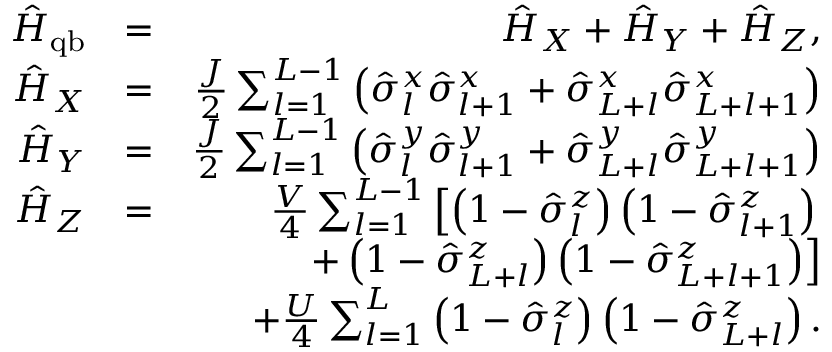
\begin{array} { r l r } { \hat { H } _ { \mathrm { q b } } } & { = } & { \hat { H } _ { X } + \hat { H } _ { Y } + \hat { H } _ { Z } , } \\ { \hat { H } _ { X } } & { = } & { \frac { J } { 2 } \sum _ { l = 1 } ^ { L - 1 } \left( \hat { \sigma } _ { l } ^ { x } \hat { \sigma } _ { l + 1 } ^ { x } + \hat { \sigma } _ { L + l } ^ { x } \hat { \sigma } _ { L + l + 1 } ^ { x } \right) } \\ { \hat { H } _ { Y } } & { = } & { \frac { J } { 2 } \sum _ { l = 1 } ^ { L - 1 } \left( \hat { \sigma } _ { l } ^ { y } \hat { \sigma } _ { l + 1 } ^ { y } + \hat { \sigma } _ { L + l } ^ { y } \hat { \sigma } _ { L + l + 1 } ^ { y } \right) } \\ { \hat { H } _ { Z } } & { = } & { \frac { V } { 4 } \sum _ { l = 1 } ^ { L - 1 } \left[ \left( 1 - \hat { \sigma } _ { l } ^ { z } \right) \left( 1 - \hat { \sigma } _ { l + 1 } ^ { z } \right) \right. } \\ & { } & { \left. + \left( 1 - \hat { \sigma } _ { L + l } ^ { z } \right) \left( 1 - \hat { \sigma } _ { L + l + 1 } ^ { z } \right) \right] } \\ & { } & { + \frac { U } { 4 } \sum _ { l = 1 } ^ { L } \left( 1 - \hat { \sigma } _ { l } ^ { z } \right) \left( 1 - \hat { \sigma } _ { L + l } ^ { z } \right) . } \end{array}